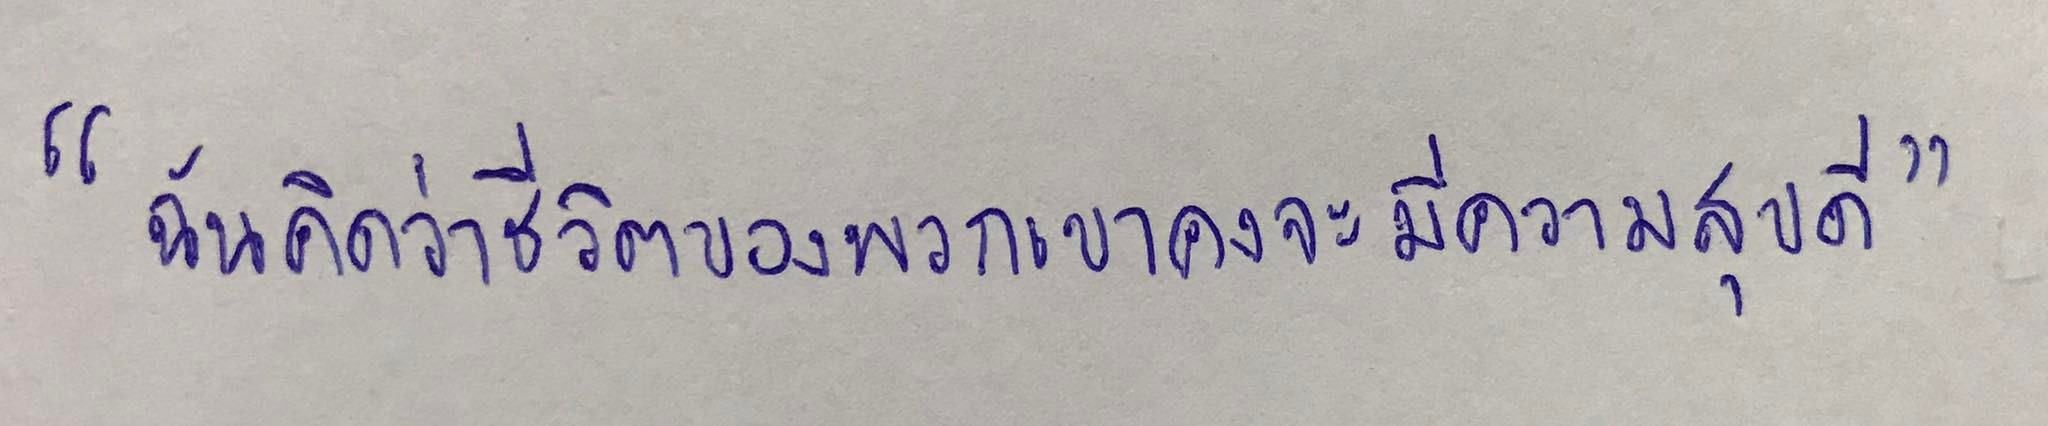
"ฉันคิดว่าชีวิตของพวกเขาคงจะมีความสุขดี"